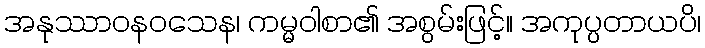
အနုဿာဝနဝသေန၊ ကမ္မဝါစာ၏ အစွမ်းဖြင့်။ အကုပ္ပတာယပိ၊